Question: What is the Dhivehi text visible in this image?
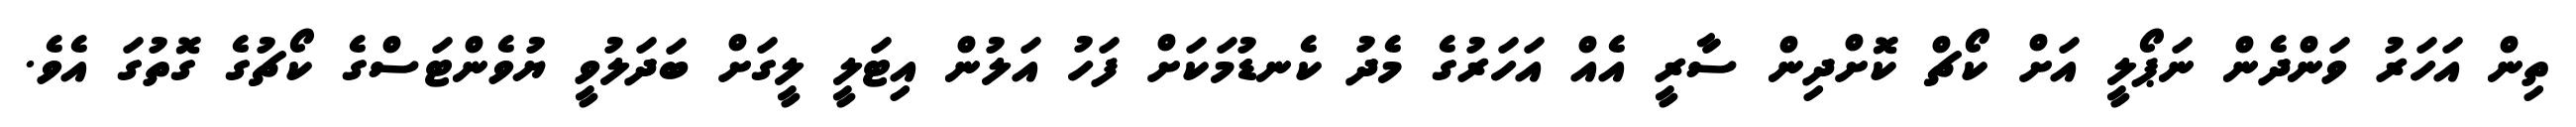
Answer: ތިން އަހަރު ވަންދެން ނަޕޯލީ އަށް ކޯޗް ކޮށްދިން ސާރީ އެއް އަހަރުގެ މެދު ކެނޑުމަކަށް ފަހު އަލުން އިޓަލީ ލީގަށް ބަދަލުވީ ޔުވެންޓަސްގެ ކޯޗުގެ ގޮތުގަ އެވެ.